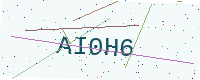
Text: AI0H6